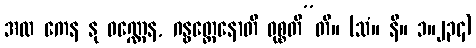
အထ ကေန နု ဝဏ္ဏေန, ဂန္ဓတ္ထေနောတိ ဝုစ္စတီ”တိ။ (သံ။ နိ။ ၁။၂၃၄)